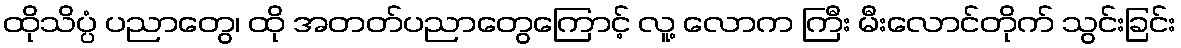
ထိုသိပ္ပံ ပညာတွေ၊ ထို အတတ်ပညာတွေကြောင့် လူ့ လောက ကြီး မီးလောင်တိုက် သွင်းခြင်း